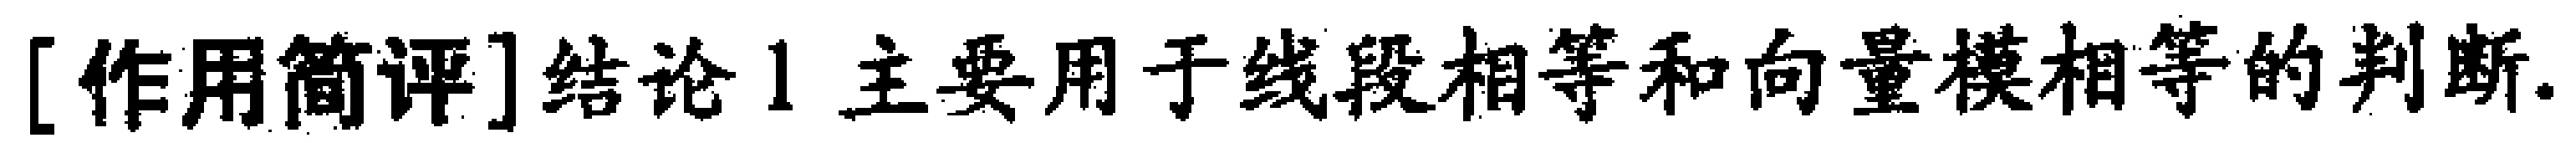
[作用简评]结论1 主要用于线段相等和向量模相等的判断.